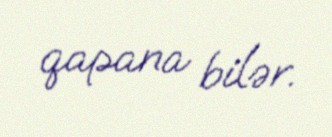
qapana bilər.